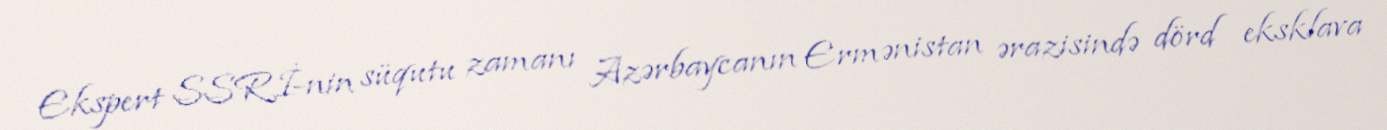
Ekspert SSRİ-nin süqutu zamanı Azərbaycanın Ermənistan ərazisində dörd eksklava